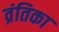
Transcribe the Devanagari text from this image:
व्रंतिका